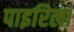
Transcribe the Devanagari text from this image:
पाइरिला